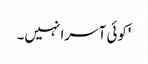
'کوئی آسرا نہیں۔